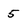
Character: 5